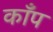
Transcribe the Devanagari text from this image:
कॉँप